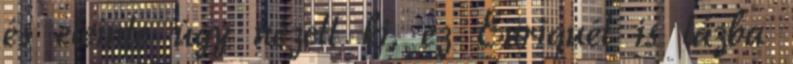
és eleinte úgy nézett ki, ez Enriquét is lázba